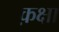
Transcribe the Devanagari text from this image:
क़क्षा